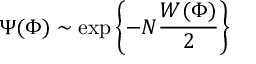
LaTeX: \Psi ( \Phi ) \sim \exp \left\{ - N \frac { W ( \Phi ) } { 2 } \right\}